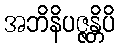
အဘိနိပဇ္ဇန္တိပိ